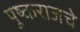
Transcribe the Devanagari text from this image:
पुष्कराजचे